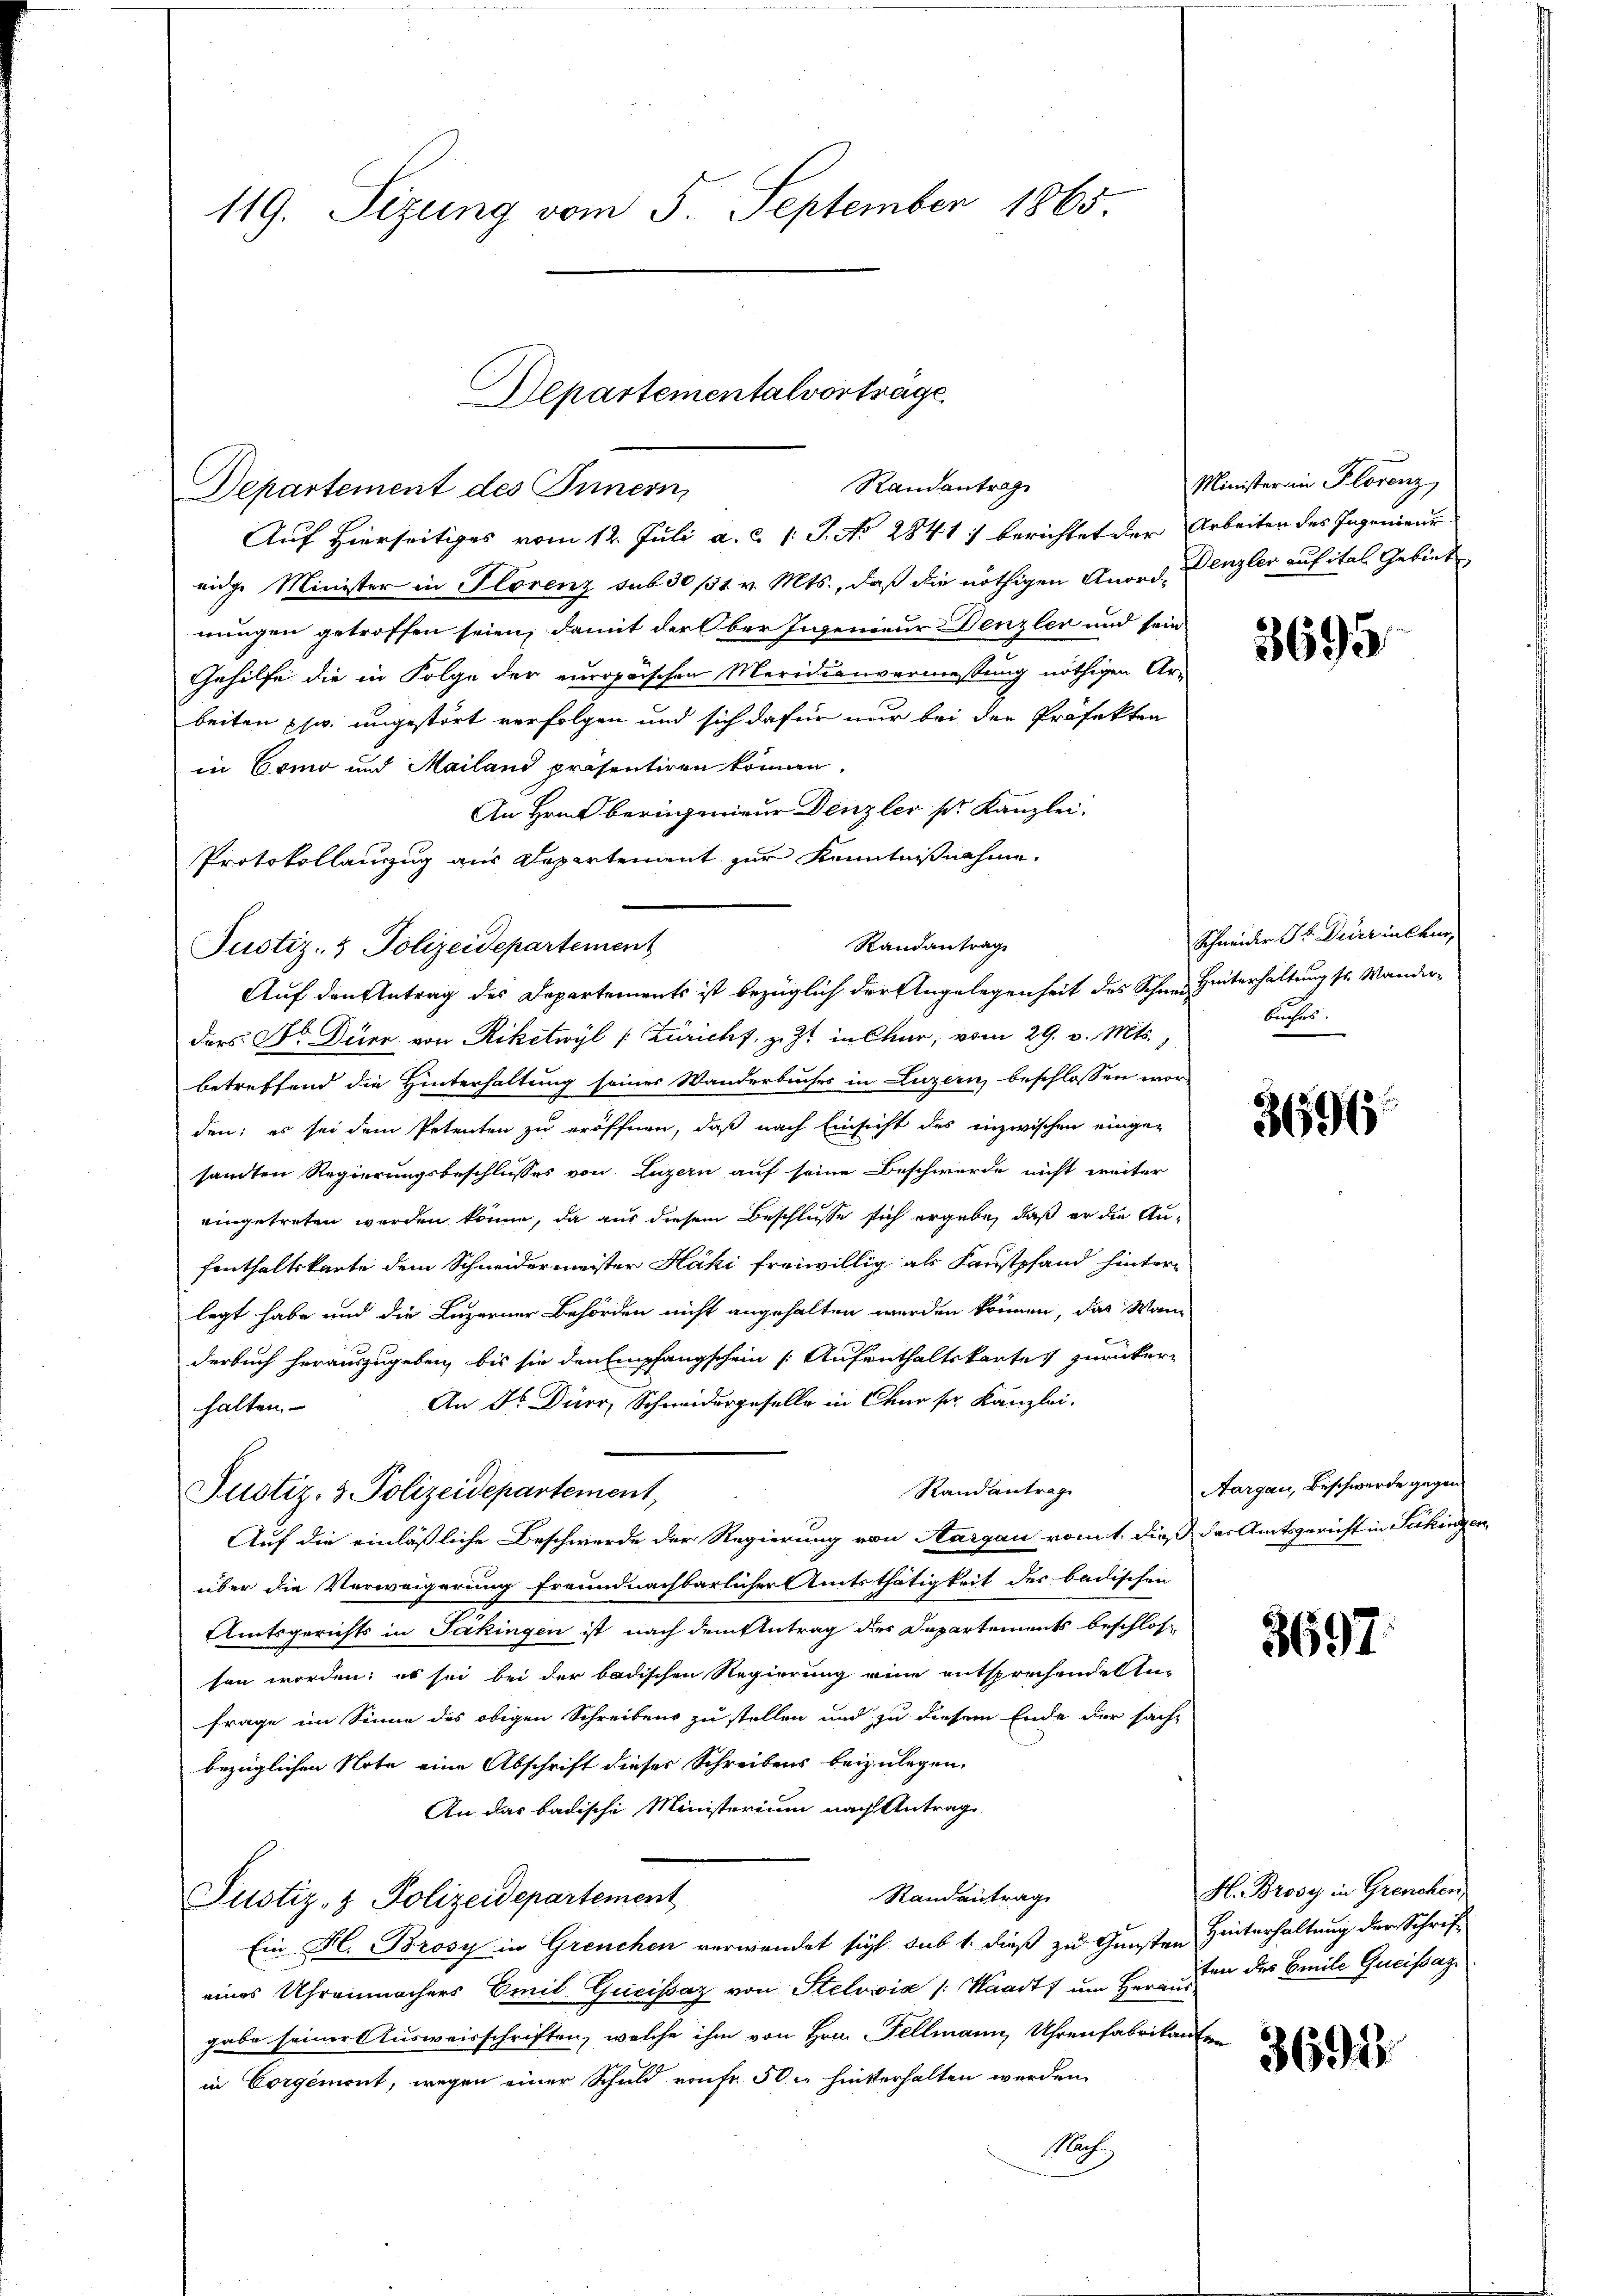
119. Sizung vom 5. September 1865

Randantrag
Justiz- & Polizeidepartement
Auf den Antrag des Departements ist bezüglich der Angelegenheit des Schnee Hinterhaltung sr. Wander¬

Justiz- & Polizeidepartement,

Departementalvorträge
Randantrag
Departement des Innern,

Auf Hierseitiges vom 12. Juli a. c. l. J. No 2841. berichtet der Arbeiten des Ingenieur
eidge Minister in Florenz sub 30 /31 v. Mts., daß die nöthigen Anord- Denzler auf ital Gebiet
nungen getroffen seien, damit der Ober Ingenieur Denzler und sein
Gehilfe die in Folge der europäischen Meridienvermessung nöthigen Ar-
beiten phw. ungestört verfolgen und sich dafür nur bei den Präfekton
in Como und Mailand präsentiren können.
An Hrn. berigenieur Denzler sr. Kanzlei.
Protokollanzug aus Departement zur Kenntnißnahme,

ders Dr. Dürr von Riketwyl [Züricht, z. Z. in Chur, vom 29. v. Mts.,
betreffend die Hinterhaltung seiner Wanderbuches in Luzern, beschlossen worden; es sei dem Petenten zu eröffnen, daß nach Einsicht des inzwischen eingesandten Regierungsbeschlusses von Luzern auf seine Beschwerde nicht weiter
eingetreten werden könne, da aus diesem Beschlusse sich ergäbe, daß er die Aufenthaltskarte dem Schneidermeister Häki freiwillig als Faustpfand hinter-
legt habe und die Luzerner Behörden nicht angehalten werden können, das Wann
derbuch herauszugeben, bis sie den Empfangschein Aufenthaltskartes zurücker¬
An Sr. Dürr, Schweidergeselle in Chur sr. Kanzlei.
halten.
Randantrag
Auf die einläßliche Beschwerde der Regierung von Aargau vom 1. dieß das Amtsgericht in Säkingen
über die Verweigerung freundnachbarlicher Amtsthätigkeit der badischen
Amtsgerichts in Säkingen ist nach dem Antrag des Departements beschlos
sen worden; es sei bei der badischen Regierung eine entsprechende An¬
Frage im Sinne des obigen Schreibens zu stellen und zu diesem Ende der sach-
bezüglichen Note eine Abschrift dieser Schreibens beizulegen,
An das badische Ministerium nach Antrag
Randantrag
Justiz- & Polizeidepartement
Ein H. Brosy in Grenchen verwendet sich, sub 1. dieß zu Gunsten Hinterhaltung der Schrift
eines Uhrenmachers Emil Gucissaz von Stelowia (Waadt, um Herr den des Emile Greifsaz
gabe seiner Ausweisschriften, welche ihm von Hrn. Fellmann, Uhrenfabrikanten
in Corgémont, wegen einer Schuld von fr. 50 l. hinterhalten werden.
Nach

Minister an Florenz,

3695

Schneider St. Verzialeur,
buches.

3696

Aargau, Beschwerde gegen

3697

H. Brosy in Grenchen.

3691